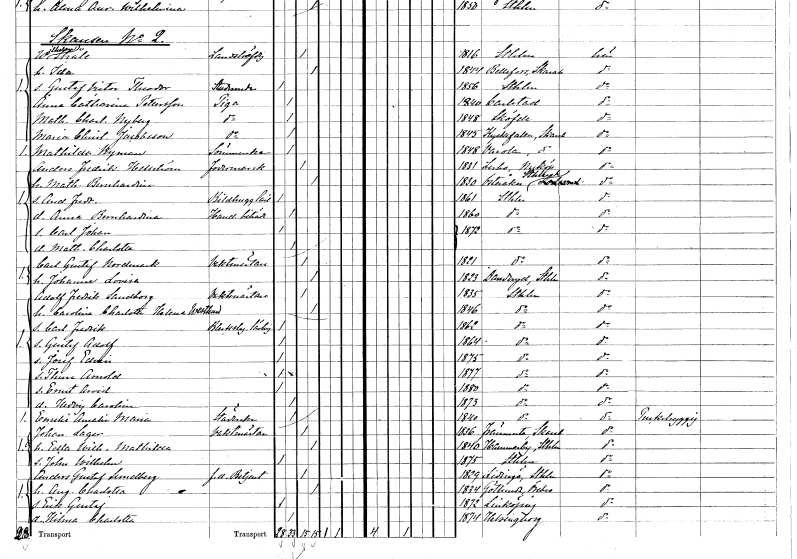
gt_parse: households: individuals: FN: Wilhelm
EN: Stråle
YRKE: Landshövding
KON: M
CIV: G
FODAR: 1816
FODFORS: Stockholm
FN: Ida
KON: K
CIV: G
FODAR: 1844
FODFORS: Bällefors Skaraborgs län
FN: Gustaf Victor Theodor
YRKE: Studerande
KON: M
CIV: O
FODAR: 1856
FODFORS: Stockholm
FN: Anna Catharina
EN: Pettersson
YRKE: Piga
KON: K
CIV: O
FODAR: 1840
FODFORS: Karlstad Värmlands län
FN: Mathilda Charlotta
EN: Nyberg
YRKE: Piga
KON: K
CIV: O
FODAR: 1848
FODFORS: Skövde Skaraborgs län
FN: Maria Christina
EN: Jacobsson
YRKE: Piga
KON: K
CIV: O
FODAR: 1845
FODFORS: Kyrkefalla Skaraborgs län
FN: Mathilda
EN: Nyman
YRKE: Sömmerska
KON: K
CIV: O
FODAR: 1848
FODFORS: Varola Skaraborgs län
FN: Anders Fredrik
EN: Hellström
YRKE: Fodermarsk
KON: M
CIV: G
FODAR: 1831
FODFORS: Lerbo Södermanlands län
FN: Mathilda Bernhardina
KON: K
CIV: G
FODAR: 1830
FODFORS: Österåker Stockholms län
FN: Anders Fredrik
YRKE: Bildhuggarelärling
KON: M
CIV: O
FODAR: 1861
FODFORS: Stockholm
FN: Anna Bernhardina
YRKE: Handelsbiträde
KON: K
CIV: O
FODAR: 1860
FODFORS: Stockholm
FN: Carl Johan
KON: M
CIV: O
FODAR: 1872
FODFORS: Stockholm
FN: Mathilda Charlotta
KON: K
CIV: O
FODAR: 1872
FODFORS: Stockholm
FN: Carl Gustaf
EN: Nordmark
YRKE: Vaktmästare
KON: M
CIV: G
FODAR: 1821
FODFORS: Stockholm
FN: Johanna Lovisa
KON: K
CIV: G
FODAR: 1823
FODFORS: Danderyd Stockholms län
FN: Adolf Fredrik
EN: Sandborg
YRKE: Vaktmästare
KON: M
CIV: G
FODAR: 1835
FODFORS: Stockholm
FN: Carolina Charlotta Helena
EN: Westlund
KON: K
CIV: G
FODAR: 1846
FODFORS: Stockholm
FN: Carl Fredrik
YRKE: Bleckslagarelärling
KON: M
CIV: O
FODAR: 1862
FODFORS: Stockholm
FN: Gustaf Adolf
KON: M
CIV: O
FODAR: 1864
FODFORS: Stockholm
FN: Josef Edvin
KON: M
CIV: O
FODAR: 1875
FODFORS: Stockholm
FN: Thure Arnold
KON: M
CIV: O
FODAR: 1877
FODFORS: Stockholm
FN: Ernst Arvid
KON: M
CIV: O
FODAR: 1880
FODFORS: Stockholm
FN: Hedvig Carolina
KON: K
CIV: O
FODAR: 1873
FODFORS: Stockholm
FN: Emelie Amalia Maria
YRKE: Städerska
KON: K
CIV: O
FODAR: 1840
FODFORS: Stockholm
FN: Johan
EN: Lager
YRKE: Vaktmästare
KON: M
CIV: G
FODAR: 1836
FODFORS: Främmestad Skaraborgs län
FN: Edla Wilhelmina Mathilda
KON: K
CIV: G
FODAR: 1840
FODFORS: Hammarby Stockholms län
FN: John Wilhelm
KON: M
CIV: O
FODAR: 1875
FODFORS: Stockholm
FN: Anders Gustaf
EN: Sundberg
YRKE: Betjänt f.d.
KON: M
CIV: G
FODAR: 1829
FODFORS: Lidingö Stockholms län
FN: Augusta Charlotta
KON: K
CIV: G
FODAR: 1834
FODFORS: Götlunda Västmanlands län
FN: Erik Gustaf
KON: M
CIV: O
FODAR: 1872
FODFORS: Linköping Östergötlands län
FN: Hilma Charlotta
KON: K
CIV: O
FODAR: 1874
FODFORS: Helsingborg Malmöhus län